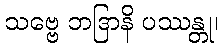
သဗ္ဗေ ဘဒြာနိ ပဿန္တု၊